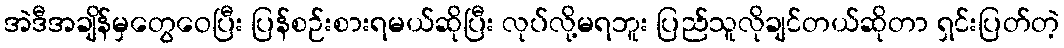
အဲဒီအချိန်မှတွေဝေပြီး ပြန်စဉ်းစားရမယ်ဆိုပြီး လုပ်လို့မရဘူး ပြည်သူလိုချင်တယ်ဆိုတာ ရှင်းပြတ်တဲ့